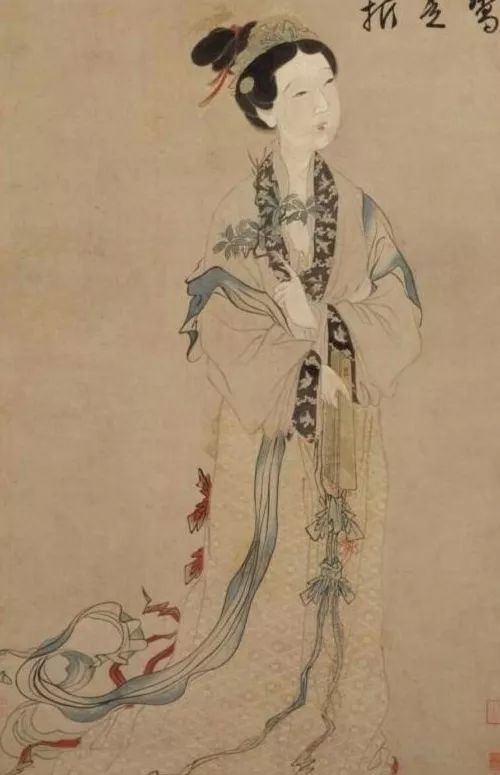
白兔捣药秋复春，嫦娥孤栖与谁邻？